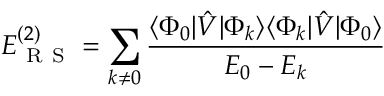
E _ { \mathrm { ~ R ~ S ~ } } ^ { ( 2 ) } = \sum _ { k \neq 0 } \frac { \langle \Phi _ { 0 } | \hat { V } | \Phi _ { k } \rangle \langle \Phi _ { k } | \hat { V } | \Phi _ { 0 } \rangle } { E _ { 0 } - E _ { k } }